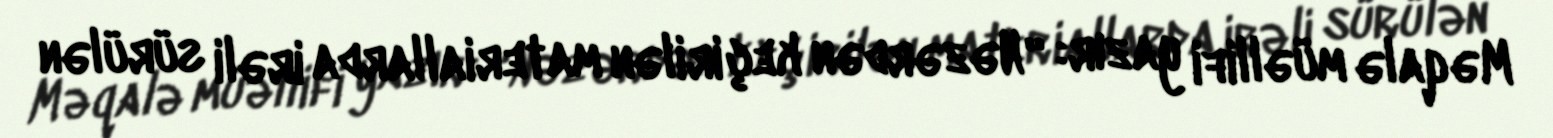
Məqalə müəllifi yazır: “Nəzərdən keçirilən materiallarda irəli sürülən